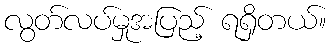
လွတ်လပ်မှုအပြည့် ရရှိတယ်။